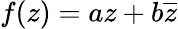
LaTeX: f(z)=az+b{\overline{{z}}}